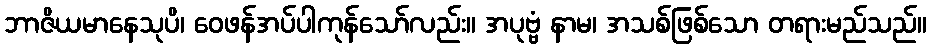
ဘာဇိယမာနေသုပိ၊ ဝေဖန်အပ်ပါကုန်သော်လည်း။ အပုဗ္ဗံ နာမ၊ အသစ်ဖြစ်သော တရားမည်သည်။